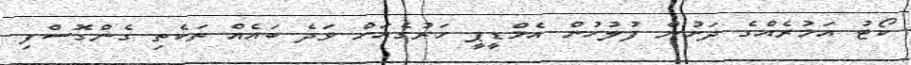
ކޯޓު އަމުރެއްގެ ދަށުން ފުލުހުން އެމްޑީޕީ ހަރުގެއަށް ވަދެ ބައެއް ތަކެތި ގެންގޮސްފި